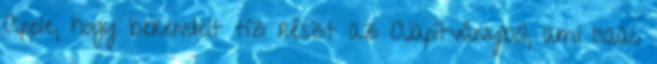
Apple, hogy berendelt tíz részt az Alapítványból, ami Isaac